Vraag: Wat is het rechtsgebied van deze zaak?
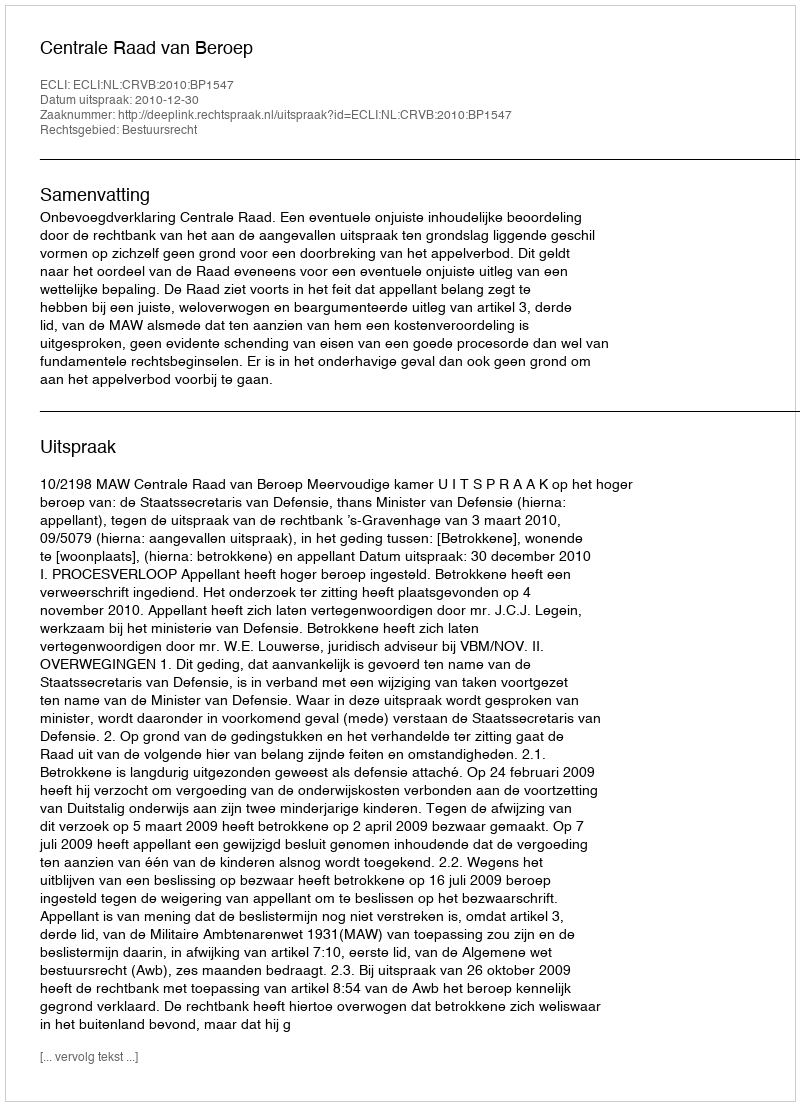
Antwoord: Bestuursrecht